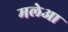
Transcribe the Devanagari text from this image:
मलेआ